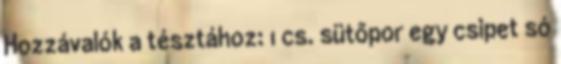
Hozzávalók a tésztához: 1 cs. sütőpor egy csipet só